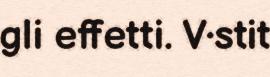
gli effetti. V·stit